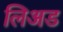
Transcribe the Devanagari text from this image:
लिअड